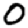
Digit: 0